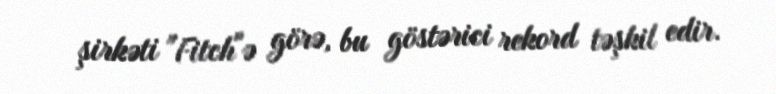
şirkəti "Fitch"ə görə, bu göstərici rekord təşkil edir.